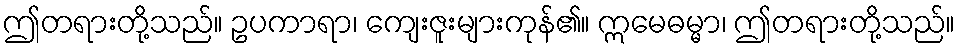
ဤတရားတို့သည်။ ဥပကာရာ၊ ကျေးဇူးများကုန်၏။ ဣမေဓမ္မာ၊ ဤတရားတို့သည်။